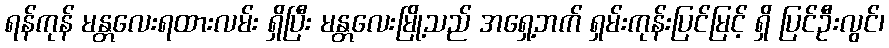
ရန်ကုန် မန္တလေးရထားလမ်း ရှိပြီး မန္တလေးမြို့သည် အရှေ့ဘက် ရှမ်းကုန်းပြင်မြင့် ရှိ ပြင်ဦးလွင်၊